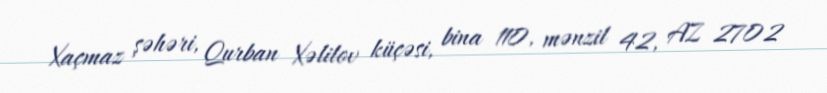
Xaçmaz şəhəri, Qurban Xəlilov küçəsi, bina 110, mənzil 42, AZ 2702